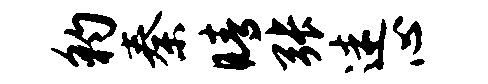
豹秦睛张迷心